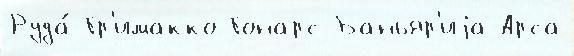
Руда́ Гр'имакко Гонарс Баньяр'иjа-Арса